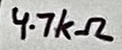
Text: 4.7kΩ